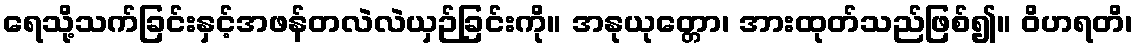
ရေသို့သက်ခြင်းနှင့်အဖန်တလဲလဲယှဉ်ခြင်းကို။ အနုယုတ္တော၊ အားထုတ်သည်ဖြစ်၍။ ဝိဟရတိ၊